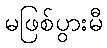
မဖြစ်ပွားမီ